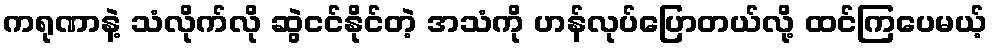
ကရုဏာနဲ့ သံလိုက်လို ဆွဲငင်နိုင်တဲ့ အသံကို ဟန်လုပ်ပြောတယ်လို့ ထင်ကြပေမယ့်